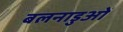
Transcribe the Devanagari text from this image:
बलनाडुओं